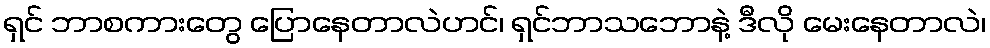
ရှင် ဘာစကားတွေ ပြောနေတာလဲဟင်၊ ရှင်ဘာသဘောနဲ့ ဒီလို မေးနေတာလဲ၊